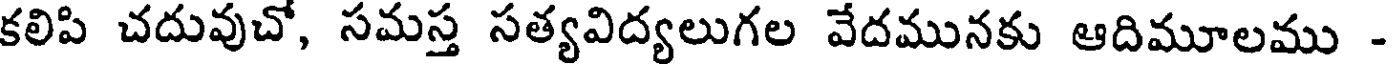
కలిపి చదువుచో, సమస్త సత్యవిద్యలుగల వేదమునకు ఆదిమూలము -